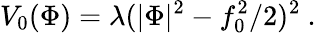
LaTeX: V_{0}(\Phi)=\lambda(|\Phi|^{2}-f_{0}^{2}/2)^{2}\ .